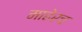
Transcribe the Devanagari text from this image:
माहेरच